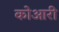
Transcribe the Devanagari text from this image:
कोआरी